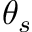
\theta _ { s }